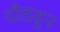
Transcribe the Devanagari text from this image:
दौडवुन